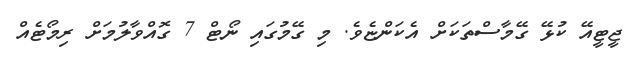
ޖީޓީއޭ ކުޅޭ ގޭމާސްތަކަށް އެކަންޏެވެ. މި ގޭމުގައި ނޯޓް 7 ގޮއްވާލުމަށް ރިމޯޓެއް